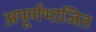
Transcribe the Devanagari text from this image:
अपूर्णभाजित